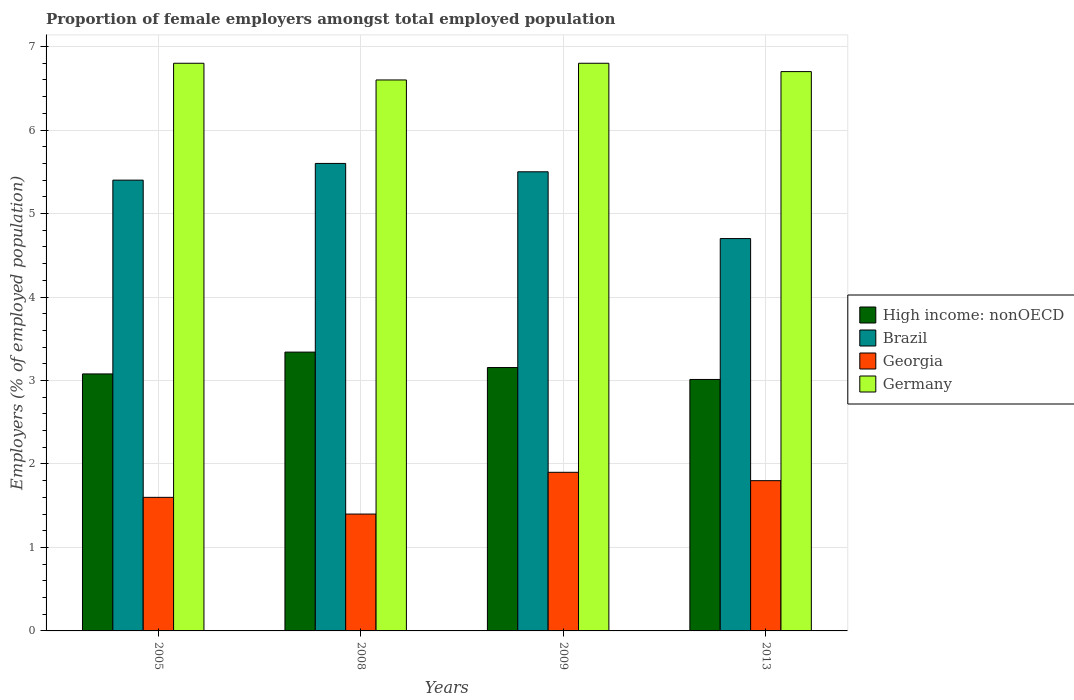
| Years | High income: nonOECD | Brazil | Georgia | Germany |
 | --- | --- | --- | --- | --- |
 | 2005 | 3.08 | 5.4 | 1.6 | 6.8 |
 | 2008 | 3.34 | 5.6 | 1.4 | 6.6 |
 | 2009 | 3.16 | 5.5 | 1.9 | 6.8 |
 | 2013 | 3.01 | 4.7 | 1.8 | 6.7 |